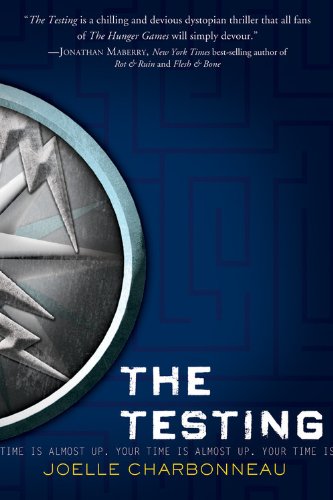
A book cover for The Testing; Joelle Charbonneau; Teen & Young Adult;